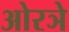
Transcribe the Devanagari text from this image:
ओरञे